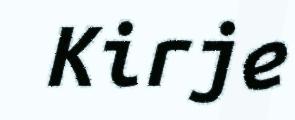
Kirje